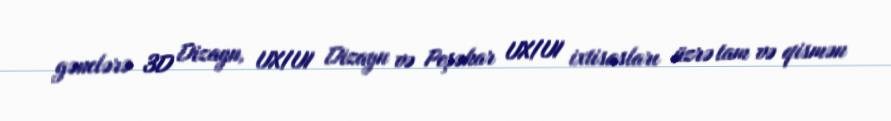
gənclərə 3D Dizayn, UX/UI Dizayn və Peşəkar UX/UI ixtisasları üzrə tam və qismən